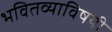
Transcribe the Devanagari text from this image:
भवितव्याविषयी